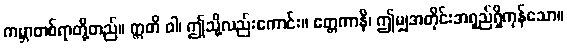
ကမ္ဘာတစ်ရာတို့တည်။ ဣတိ ဝါ၊ ဤသို့လည်းကောင်း။ ဧတ္တကာနိ၊ ဤမျှအတိုင်းအရှည်ရှိကုန်သော။